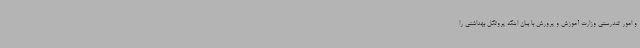
و امور تندرستی وزارت آموزش و پرورش با بیان اینکه پروتکل بهداشتی را